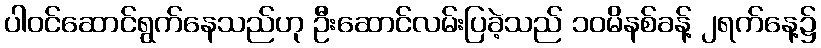
ပါဝင်ဆောင်ရွက်နေသည်ဟု ဦးဆောင်လမ်းပြခဲ့သည် ၁၀မိနစ်ခန့် ၂ရက်နေ့၌